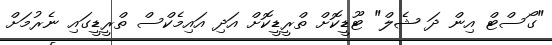
"ގޯސްޓް އިން ދަ ޝެލް" ޓޫޑީކޮށް ތްރީޑީކޮށް އަދި އައިމެކްސް ތްރީޑީގައި ނެރުމަށް